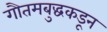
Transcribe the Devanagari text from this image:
गौतमबुद्धकडून